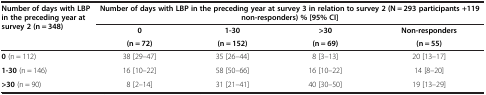
| <ROWSPAN=2> Number of days with LBP in the preceding year at survey 2 (n = 348) | <COLSPAN=4> Number of days with LBP in the preceding year at survey 3 in relation to survey 2 (N = 293 participants +119 non-responders) % [95% CI] |
 | 0 | 1-30 | >30 | Non-responders |
 |  | (n = 72) | (n = 152) | (n = 69) | (n = 55) |
 | --- | --- | --- | --- | --- |
 | 0 (n = 112) | 38 [29–47] | 35 [26–44] | 8 [3–13] | 20 [13–17] |
 | 1-30 (n = 146) | 16 [10–22] | 58 [50–66] | 16 [10–22] | 14 [8–20] |
 | >30 (n = 90) | 8 [2–14] | 31 [21–41] | 40 [30–50] | 19 [13–29] |